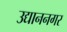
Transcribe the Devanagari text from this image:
उद्याननगर